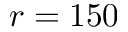
r = 1 5 0